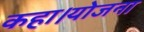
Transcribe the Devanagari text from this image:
कहा।योजना